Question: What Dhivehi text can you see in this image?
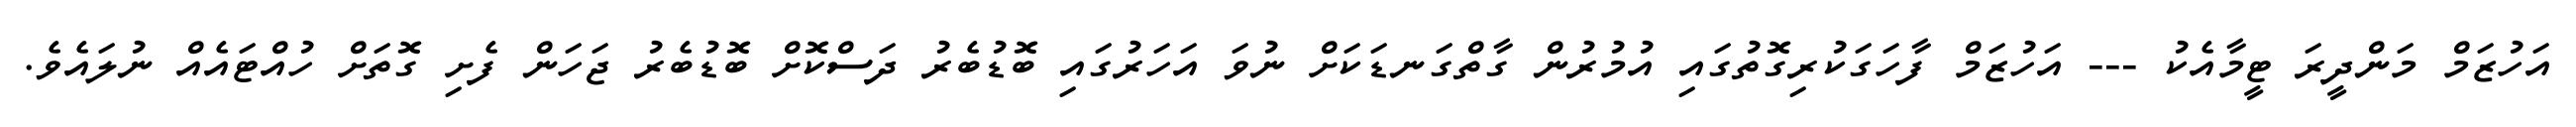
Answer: އަހުޒަމް މަންދީރަ ޓީމާއެކު --- އަހުޒަމް ފާހަގަކުރިގޮތުގައި އުމުރުން ގާތްގަނޑަކަށް ނުވަ އަހަރުގައި ބޮޑުބެރު ދަސްކޮށް ބޮޑުބެރު ޖަހަން ފެށި ގޮތަށް ހުއްޓައެއް ނުލައެވެ.